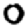
Digit: 0